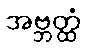
အဗ္ဘတ္ထံ